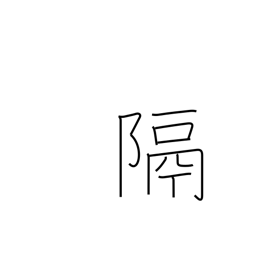
Meaning: distance